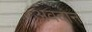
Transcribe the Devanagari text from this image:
अवदानं